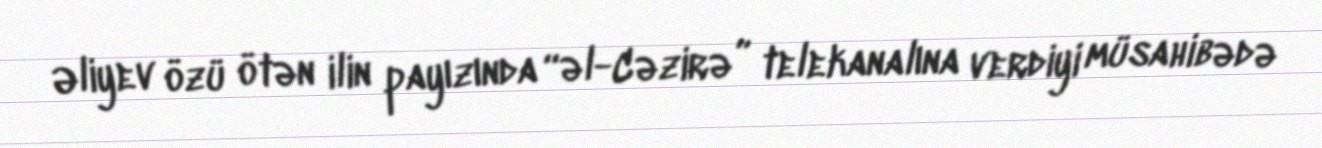
Əliyev özü ötən ilin payızında “əl-Cəzirə” telekanalına verdiyi müsahibədə